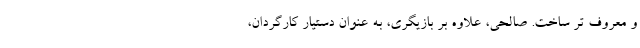
و معروف تر ساخت. صالحی، علاوه بر بازیگری، به عنوان دستیار کارگردان،